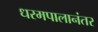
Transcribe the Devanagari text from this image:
धरमपालानंतर